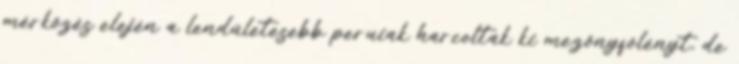
mérkőzés elején a lendületesebb peruiak harcoltak ki mezőnyfölényt, de